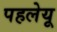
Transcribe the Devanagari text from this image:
पहलेयू